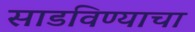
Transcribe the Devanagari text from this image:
साडविण्याचा